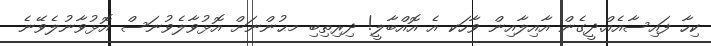
ކިހާ ފައިސާއެއް.ދީގެން އާއިލާއިން ވާހަކ އެ އޮއްބާލީ! ދިރިތިބި މޙުންނަށް އޮޅުވާލެވުނަސް އޮޅުވާނުލެވޭނެ